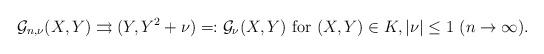
LaTeX: \begin{align*}\mathcal G_{n,\nu }(X,Y) \rightrightarrows (Y, Y^2 + \nu )=: \mathcal G_\nu(X, Y) \mbox{ for } (X, Y)\in K, |\nu|\le 1 \ (n\to\infty).\end{align*}